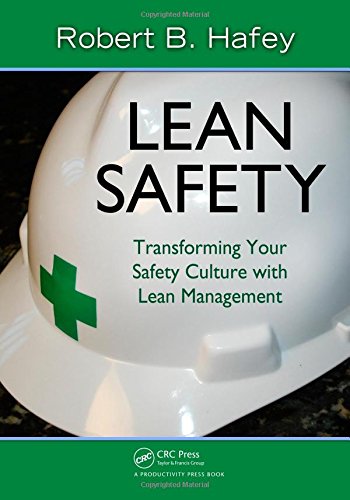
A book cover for Lean Safety: Transforming your Safety Culture with Lean Management; Robert Hafey; Business & Money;